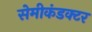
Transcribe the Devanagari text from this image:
सेमीकंडक्‍टर